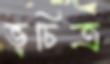
ভূচিত্র